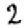
Digit: 2